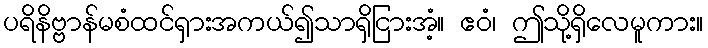
ပရိနိဗ္ဗာန်မစံထင်ရှားအကယ်၍သာရှိငြားအံ့။ ဧဝံ၊ ဤသို့ရှိလေမူကား။